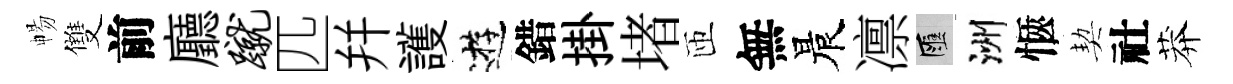
暢雙前廳蹴匹幷護逰錯掛堵匝無晨凛匯洲愜契社莽